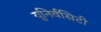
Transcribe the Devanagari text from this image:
युनिर्वसिटी